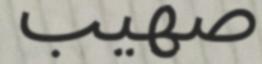
صهيب